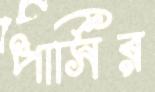
পার্সির